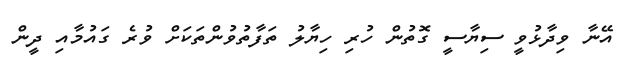
އޭނާ ވިދާޅުވީ ސިޔާސީ ގޮތުން ހުރި ހިޔާލު ތަފާތުވުންތަކަށް ވުރެ ގައުމާއި ދީން